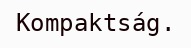
Kompaktság.